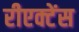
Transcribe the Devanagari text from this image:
रीएक्टेंस